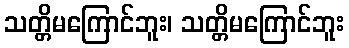
သတ္တိမကြောင်ဘူး၊ သတ္တိမကြောင်ဘူး